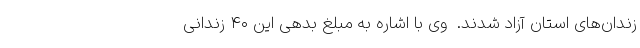
زندان‌های استان آزاد شدند.  وی با اشاره به مبلغ بدهی این ۴۰ زندانی